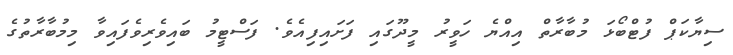
ސިޔާކަޕް ފުޓްބޯޅަ މުބާރާތް އިއްޔެ ހަވީރު މީދޫގައި ފަށައިފިއެވެ. ފަސްޓީމު ބައިވެރިވެފައިވާ މިމުބާރާތުގެ